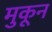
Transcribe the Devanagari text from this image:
मुकून